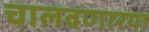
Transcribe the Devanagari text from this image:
चालवणारया